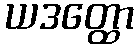
ယဒတ္ထော